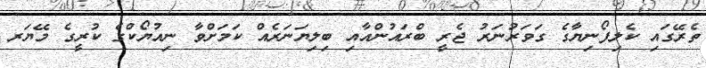
ތެރޭގައި ކެލިފޯނިޔާގެ ގަވަރުނަރު ޖެރީ ބްރައުންއާއި ބިލިޔަނަރެއް ކަމަށްވާ ނިއުޔޯކްގެ ކުރީގެ މޭޔަރ